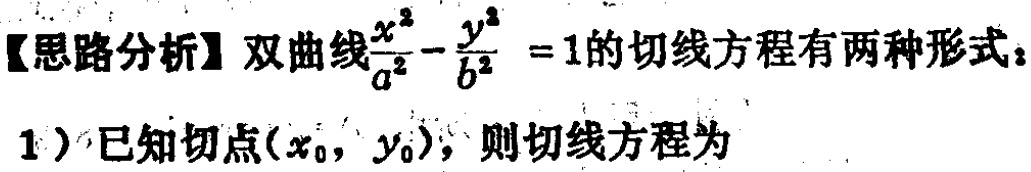
【思路分析】双曲线$\frac{x^{2}}{a^{2}} - \frac{y^{2}}{b^{2}} = 1$的切线方程有两种形式：

1）已知切点$(x_{0}, y_{0})$，则切线方程为